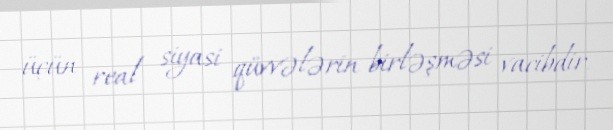
üçün real siyasi qüvvələrin birləşməsi vacibdir.